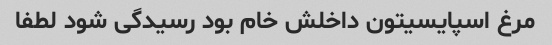
مرغ اسپایسیتون داخلش خام بود رسیدگی شود لطفا